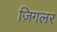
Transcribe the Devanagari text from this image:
ज़िगलर